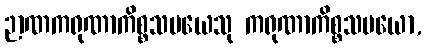
ဉာဏကရုဏာကိစ္စသမယေသု ကရုဏာကိစ္စသမယော,